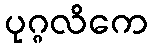
ပုဂ္ဂလိကေ